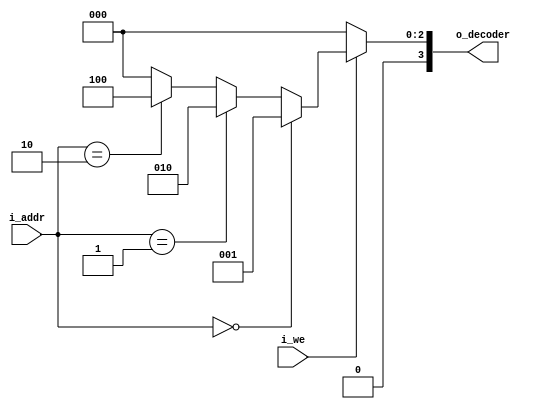
`timescale 10ns/10ns

module decoder_2bit
(
input [2-1:0] i_addr,
input i_we,
output reg [2**2-1:0] o_decoder);

always @(*) begin
  if(i_we==1'b1) begin
    if(i_addr==2'b00)
      o_decoder=4'b0001;
    else if(i_addr==2'b01)
      o_decoder=4'b0010;
    else if(i_addr==2'b10)
      o_decoder=4'b0100;
    else
      o_decoder=4'h0;
    end
  else
    o_decoder=4'h0;
  end

endmodule